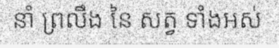
នាំ ព្រលឹង នៃ សត្វ ទាំងអស់